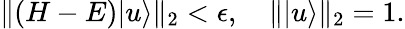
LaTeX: \begin{array}{r}{\| (H-E)|u\rangle\| _{2}<\epsilon,\quad\| |u\rangle\| _{2}=1.}\end{array}